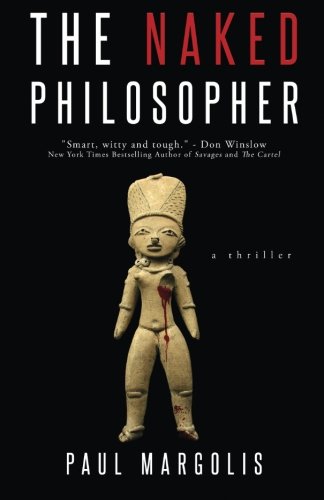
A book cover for The Naked Philosopher; Paul Margolis; Mystery, Thriller & Suspense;